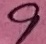
Text: 9